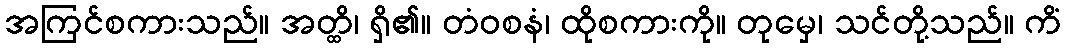
အကြင်စကားသည်။ အတ္ထိ၊ ရှိ၏။ တံဝစနံ၊ ထိုစကားကို။ တုမှေ၊ သင်တို့သည်။ ကိံ